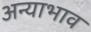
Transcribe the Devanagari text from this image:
अन्याभाव